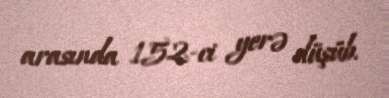
arasında 152-ci yerə düşüb.